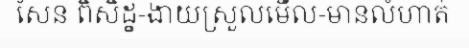
សែន ពិសិដ្ខ-ងាយស្រួលមើល-មានលំហាត់